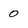
Character: 0